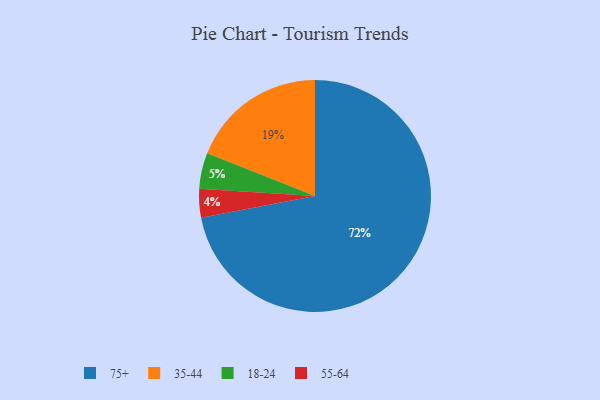
{"axis": {"x": "Category", "y": "Percentage"}, "legend": ["18-24", "35-44", "55-64", "75+"], "data": [{"x": "75+", "y": 72, "type": "75+"}, {"x": "35-44", "y": 19, "type": "35-44"}, {"x": "55-64", "y": 4, "type": "55-64"}, {"x": "18-24", "y": 5, "type": "18-24"}]}